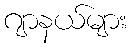
ဂျာနယ်များ